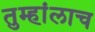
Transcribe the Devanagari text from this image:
तुम्हांलाच